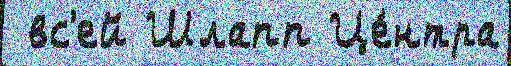
 вс'ей Шлапп Це́нтра